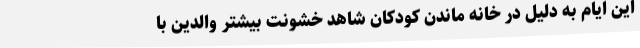
این ایام به دلیل در خانه ماندن کودکان شاهد خشونت بیشتر والدین با